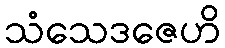
သံသေဒဇေဟိ